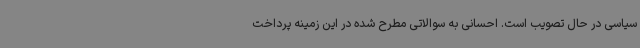
سیاسی در حال تصویب است. احسانی به سوالاتی مطرح شده در این زمینه پرداخت